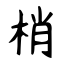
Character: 梢